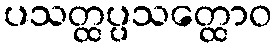
ပသတ္ထပ္ပသတ္ထောဝ